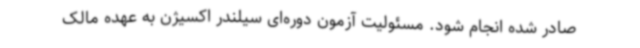
صادر شده انجام شود. مسئولیت آزمون دوره‌ای سیلندر اکسیژن به عهده مالک